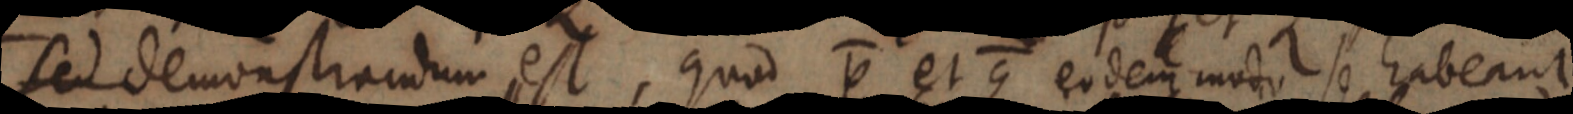
sed demonstrandum est, quo P et Q eodem modo se habeant